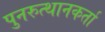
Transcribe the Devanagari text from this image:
पुनरुत्थानकर्ता